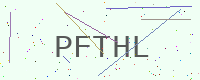
Text: PFTHL